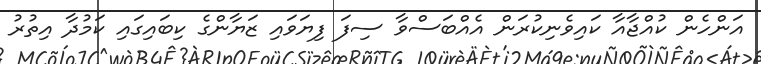
އަންހެން ކުއްޖާއާ ކައިވެނިކުރަން އެއްބަސްވާ ސިފަ ފިޔަވައި ޒަޔާންގެ ކިބައިގައި ކަމުދާ އިތުރު